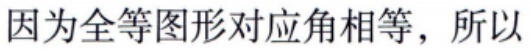
因为全等图形对应角相等，所以